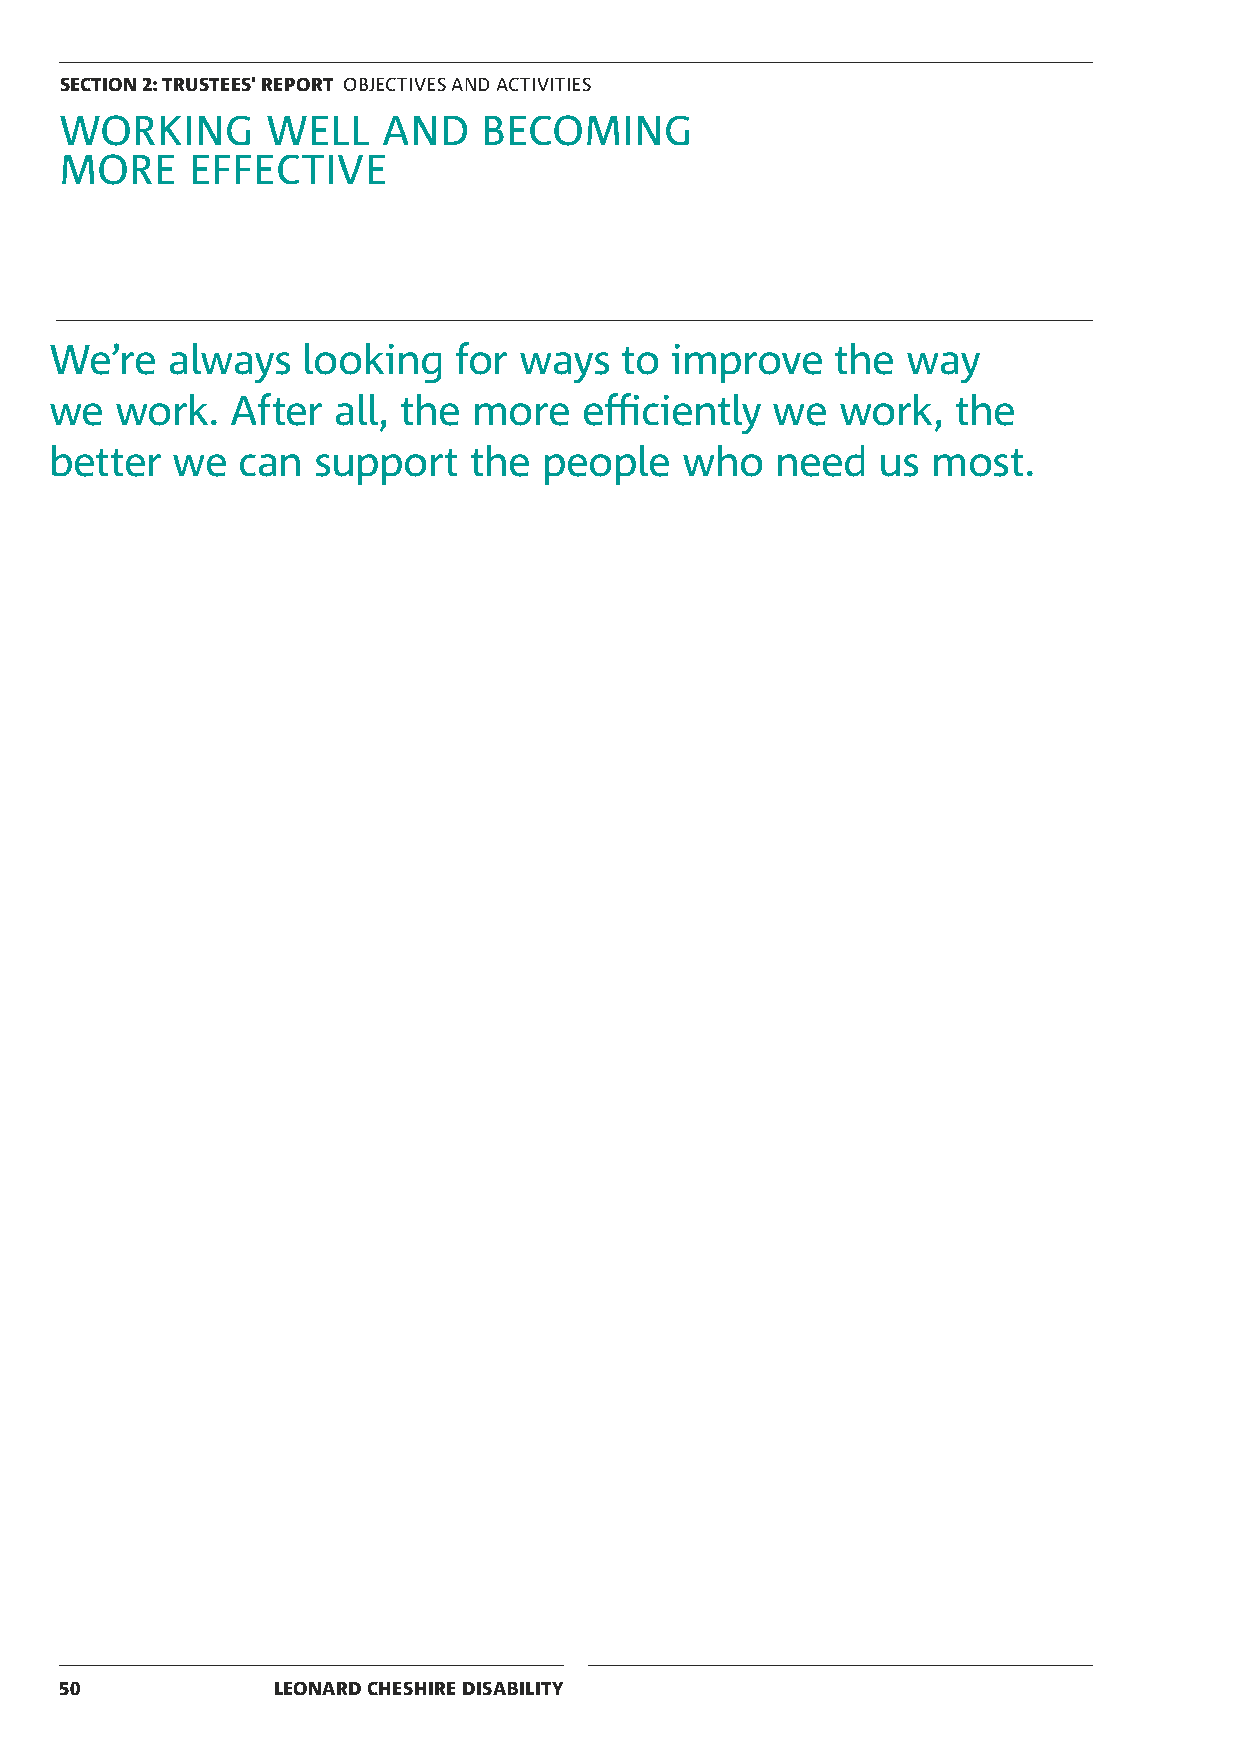
SECTION 2: TRUSTEES' REPORT OBJECTIVES AND ACTIVITIES
 WORKING       WELL   AND    BECOMING
 MORE     EFFECTIVE
 We’re   always   looking   for ways   to improve    the  way
 we   work.  After  all, the more   efficiently  we  work,   the
 better  we   can  support   the  people   who   need   us  most.
 50            LEONARD CHESHIRE DISABILITY